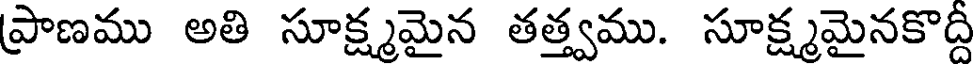
ప్రాణము అతి సూక్ష్మమైన తత్త్వము. సూక్ష్మమైనకొద్ది